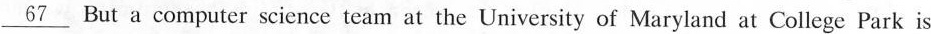
\underline{67} But a computer science team at the University of Maryland at College Park is